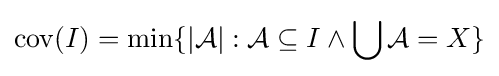
\operatorname {cov} (I)=\min\{|{\mathcal {A}}|:{\mathcal {A}}\subseteq I\wedge \bigcup {\mathcal {A}}=X\}